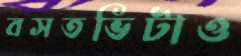
বসতভিটাও